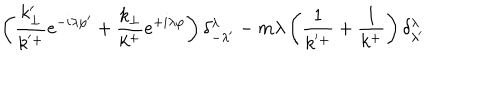
\left( \frac { k _ { \perp } ^ { \prime } } { k ^ { ' + } } e ^ { - i \lambda \varphi ^ { \prime } } + \frac { k _ { \perp } } { k ^ { + } } e ^ { + i \lambda \varphi } \right) \delta _ { - \lambda ^ { \prime } } ^ { \lambda } - m \lambda \left( \frac { 1 } { k ^ { ' + } } + \frac { 1 } { k ^ { + } } \right) \delta _ { \lambda ^ { \prime } } ^ { \lambda }